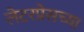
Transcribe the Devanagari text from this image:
लेटरप्रेसच्या